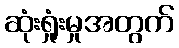
ဆုံးရှုံးမှုအတွက်